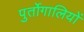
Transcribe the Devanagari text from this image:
पुर्तोगालियों